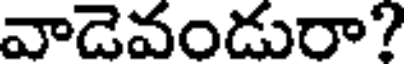
వాడెవండురా?